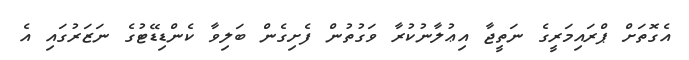
އެގޮތަށް ޕްރައިމަރީގެ ނަތީޖާ އިޢުލާނުކުރާ ވަގުތުން ފެށިގެން ބަލިވާ ކެންޑިޑޭޓުގެ ނަޒަރުގައި އެ